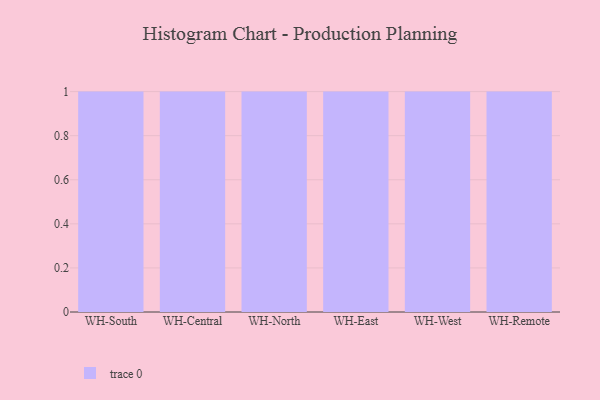
{"axis": {"x": "Warehouse", "y": "Revenue (USD Million)"}, "legend": [""], "data": [{"x": "WH-South", "y": 37, "type": ""}, {"x": "WH-Central", "y": 37, "type": ""}, {"x": "WH-North", "y": 14, "type": ""}, {"x": "WH-East", "y": 89, "type": ""}, {"x": "WH-West", "y": 1, "type": ""}, {"x": "WH-Remote", "y": 5, "type": ""}]}